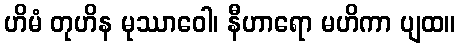
ဟိမံ တုဟိန မုဿာဝေါ၊ နီဟာရော မဟိကာ ပျထ။